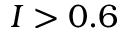
I > 0 . 6